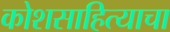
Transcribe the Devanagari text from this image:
कोशसाहित्याचा